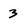
Character: 3